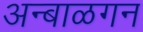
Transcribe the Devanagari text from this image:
अन्बाळगन